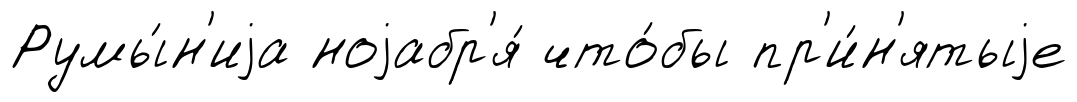
Румы́н'иjа ноjабр'я́ что́бы пр'и́н'ятыjе